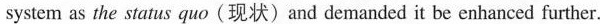
system as the status quo (现状)and demanded it be enhanced further.